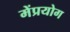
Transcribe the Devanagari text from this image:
मेंप्रयोग